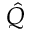
\hat { Q }